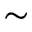
\sim